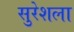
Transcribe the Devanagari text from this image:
सुरेशला